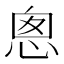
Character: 悤